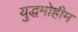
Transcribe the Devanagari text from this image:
युद्धमोहीम